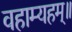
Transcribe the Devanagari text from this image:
वहाम्यहम्॥